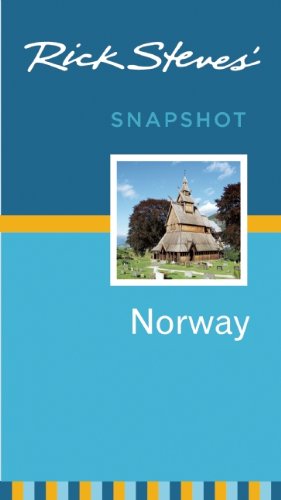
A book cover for Rick Steves' Snapshot Norway; Rick Steves; Travel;